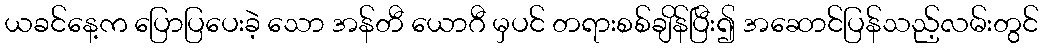
ယခင်နေ့က ပြောပြပေးခဲ့ သော အန်တီ ယောဂီ မှပင် တရားစစ်ချိန်ပြီး၍ အဆောင်ပြန်သည့်လမ်းတွင်